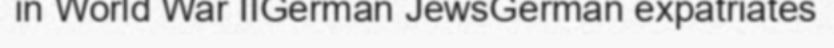
in World War IIGerman JewsGerman expatriates